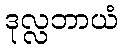
ဒုလ္လဘာယံ